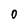
Character: O